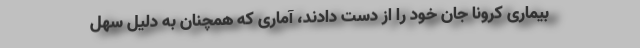
بیماری کرونا جان خود را از دست دادند، آماری که همچنان به دلیل سهل